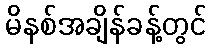
မိနစ်အချိန်ခန့်တွင်